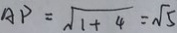
A P = \sqrt { 1 + 4 } = \sqrt { 5 }